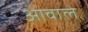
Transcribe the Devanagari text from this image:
आवाले